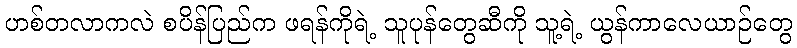
ဟစ်တလာကလဲ စပိန်ပြည်က ဖရန်ကိုရဲ့ သူပုန်တွေဆီကို သူ့ရဲ့ ယွန်ကာလေယာဉ်တွေ